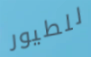
للطيور